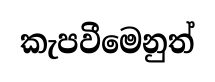
කැපවීමෙනුත්